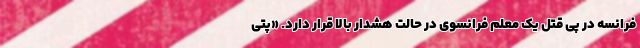
فرانسه در پی قتل یک معلم فرانسوی در حالت هشدار بالا قرار دارد. «پتی